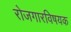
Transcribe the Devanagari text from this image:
रोजगारविषयक